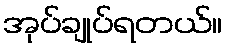
အုပ်ချုပ်ရတယ်။